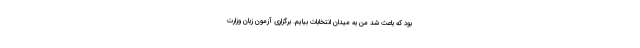
بود که باعث شد من به میدان انتخابات بیایم. برگزاری آزمون زبان وزارت